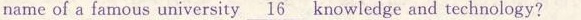
name of a famous university\underline{16} knowledge and technology?